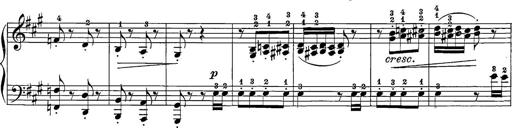
Title: 12 Sonatine per Pianoforte
Composer: Friedrich Kuhlau